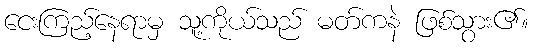
ငေးကြည့်နေရာမှ သူ့ကိုယ်သည် မတ်ကနဲ ဖြစ်သွား၏။